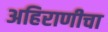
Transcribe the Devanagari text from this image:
अहिराणीचा